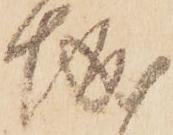
城